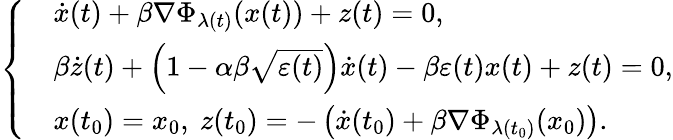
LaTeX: \left\{ \begin{array}{ll}&{\dot{x}(t)+\beta\nabla\Phi_{\lambda(t)}(x(t))+z(t)=0,}\\ &{\beta\dot{z}(t)+\left(1-\alpha\beta\sqrt{\varepsilon(t)}\right)\dot{x}(t)-\beta\varepsilon(t)x(t)+z(t)=0,}\\ &{x(t_{0})=x_{0},\ z(t_{0})=-\left(\dot{x}(t_{0})+\beta\nabla\Phi_{\lambda(t_{0})}(x_{0})\right).}\end{array}\right.